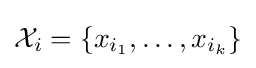
{\mathcal {X}}_{i}=\{x_{i_{1}},\dots ,x_{i_{k}}\}